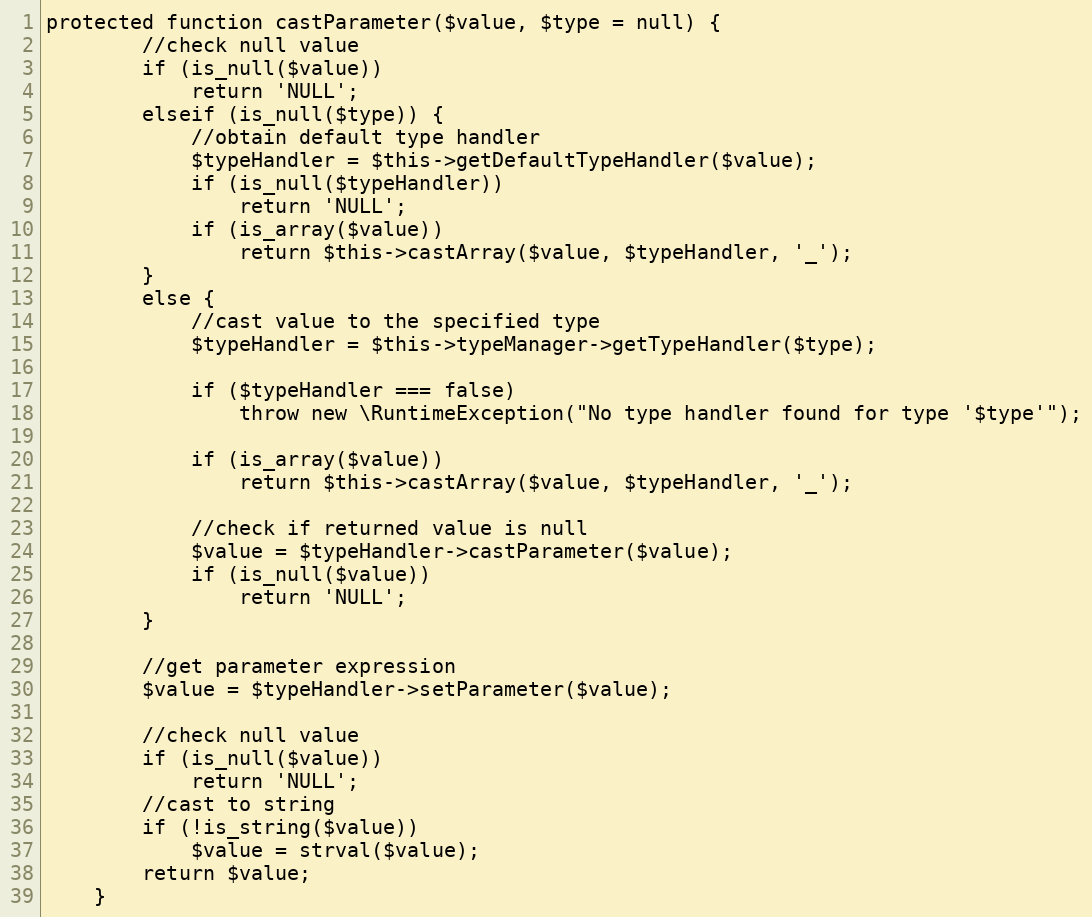
Language: PHP
protected function castParameter($value, $type = null) {
		//check null value
		if (is_null($value))
			return 'NULL';
		elseif (is_null($type)) {
			//obtain default type handler
			$typeHandler = $this->getDefaultTypeHandler($value);
			if (is_null($typeHandler))
				return 'NULL';
			if (is_array($value))
				return $this->castArray($value, $typeHandler, '_');
		}
		else {
			//cast value to the specified type
			$typeHandler = $this->typeManager->getTypeHandler($type);

			if ($typeHandler === false)
				throw new \RuntimeException("No type handler found for type '$type'");

			if (is_array($value))
				return $this->castArray($value, $typeHandler, '_');

			//check if returned value is null
			$value = $typeHandler->castParameter($value);
			if (is_null($value))
				return 'NULL';
		}

		//get parameter expression
		$value = $typeHandler->setParameter($value);

		//check null value
		if (is_null($value))
			return 'NULL';
		//cast to string
		if (!is_string($value))
			$value = strval($value);
		return $value;
	}